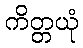
ကိတ္တယုံ